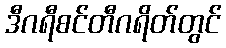
ဒီဂရီစင်တီဂရိတ်တွင်